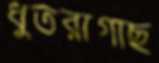
ধুতরাগাছ